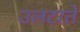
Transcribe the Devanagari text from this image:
उलटाते